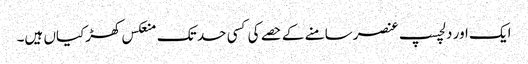
ایک اور دلچسپ عنصرسامنے کے حصے کی کسی حد تک منعکس کھڑکیاں ہیں۔